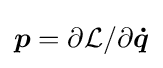
{\boldsymbol {p}}=\partial {\mathcal {L}}/\partial {\boldsymbol {\dot {q}}}